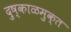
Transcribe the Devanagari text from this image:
दुष्काळमुक्त